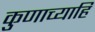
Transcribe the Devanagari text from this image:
कुणाच्याहि